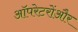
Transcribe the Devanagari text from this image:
ऑपरेटरोंऔर